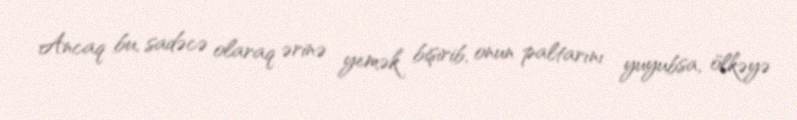
Ancaq bu, sadəcə olaraq ərinə yemək bişirib, onun paltarını yuyubsa, ölkəyə